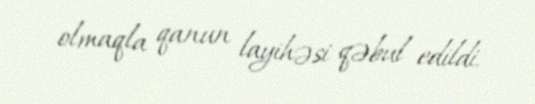
olmaqla qanun layihəsi qəbul edildi.